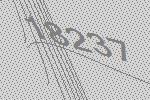
18237